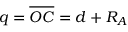
q = \overline { { O C } } = d + R _ { A }